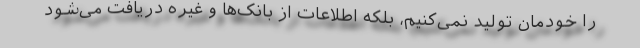
را خودمان تولید نمی‌کنیم، بلکه اطلاعات از بانک‌ها و غیره دریافت می‌شود